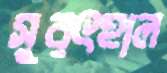
সুরৎহাল